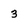
Character: 3